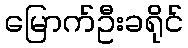
မြောက်ဦးခရိုင်